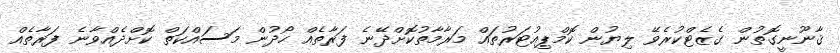
ޤާނޫނީގޮތުން ގެޒެޓްކުރެވޭ ލިޔުން ކޮމްޕިއުޓަރުތައް މަރާމާތުކޮށްދޭނެ ފަރާތެއް ހޯދުން މަސައްކަތް ކޮށްދެއްވާނެ ފަރާތެއް